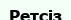
Ретсіз